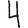
Digit: 4